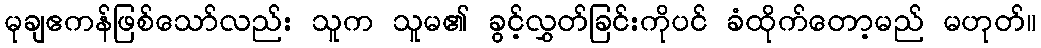
မုချဧကန်ဖြစ်သော်လည်း သူက သူမ၏ ခွင့်လွှတ်ခြင်းကိုပင် ခံထိုက်တော့မည် မဟုတ်။